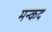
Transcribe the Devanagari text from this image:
मन्कद